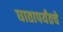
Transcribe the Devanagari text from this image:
घातापर्यंतचे